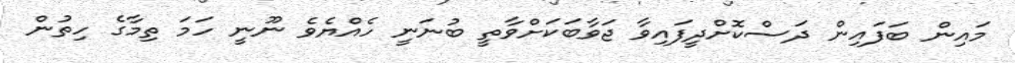
މައިން ބަފައިން ދަސްކޮށްދީފައިވާ ޖަވާބަކަށްވާތީ ބުނަނީ ހެއްޔެވެ ނޫނީ ހަމަ ތިމާގެ ހިތުން